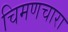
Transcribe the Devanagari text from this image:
चिमणचारा